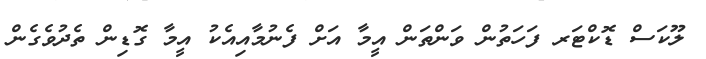
ލޫކަސް ޑޮކްޓަރ ފަހަތުން ވަންތަން އީމާ އަށް ފެނުމާއިއެކު އީމާ ގޮޑިން ތެދުވެގެން